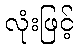
လုံးဖြင့်